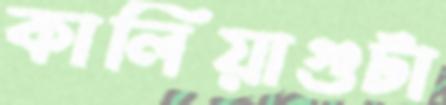
কালিয়াগুটা